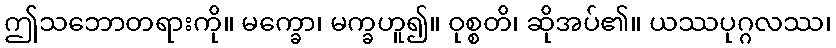
ဤသဘောတရားကို။ မက္ခော၊ မက္ခဟူ၍။ ဝုစ္စတိ၊ ဆိုအပ်၏။ ယဿပုဂ္ဂလဿ၊